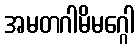
အမတဂါမိမဂ္ဂေါ